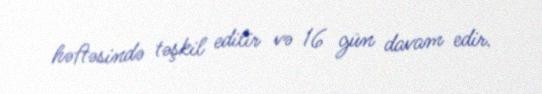
həftəsində təşkil edilir və 16 gün davam edir.